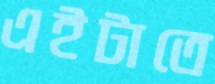
এইটাতে